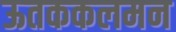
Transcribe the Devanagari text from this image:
ऊतककलमन